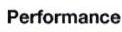
Performance